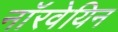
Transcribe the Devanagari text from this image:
नाॅरवेयिन